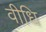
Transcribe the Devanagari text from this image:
वीधि